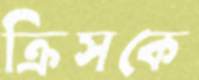
ক্রিসকে